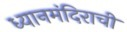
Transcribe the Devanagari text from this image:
ध्यानमंदिराची